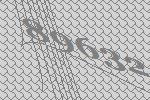
89632